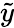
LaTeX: \widetilde{y}